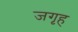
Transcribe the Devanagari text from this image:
जगृह